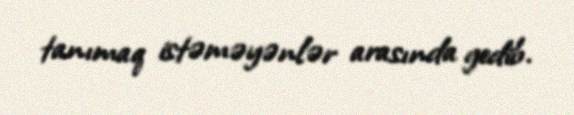
tanımaq istəməyənlər arasında gedib.